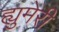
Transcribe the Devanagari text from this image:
ह्युमेरी